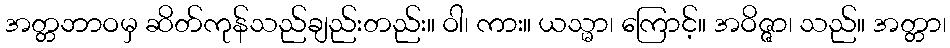
အတ္တဘာဝမှ ဆိတ်ကုန်သည်ချည်းတည်း။ ဝါ၊ ကား။ ယသ္မာ၊ ကြောင့်။ အဝိဇ္ဇာ၊ သည်။ အတ္တာ၊